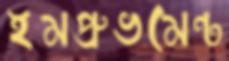
ইমপ্রুভমেন্ট